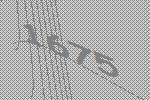
1675